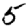
Digit: 5